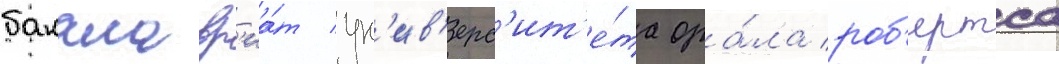
бакалавр'иа́т ун'ив'ерс'ит'е́та ора́ла роб'ертса